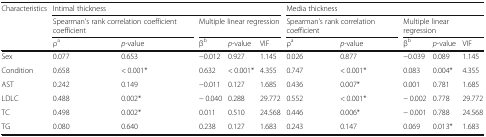
<table><thead><tr><td rowspan="3"><b>Characteristics</b></td><td colspan="5"><b>Intimal thickness</b></td><td colspan="5"><b>Media thickness</b></td></tr><tr><td colspan="2"><b>Spearman’s rank correlation coefficient coefficient</b></td><td colspan="3"><b>Multiple linear regression</b></td><td colspan="2"><b>Spearman’s rank correlation coefficient</b></td><td colspan="3"><b>Multiple linear regression</b></td></tr><tr><td><b>ρ<sup>a</sup></b></td><td><b><i>p</i>-value</b></td><td><b>β<sup>b</sup></b></td><td><b><i>p</i>-value</b></td><td><b>VIF</b></td><td><b>ρ<sup>a</sup></b></td><td><b><i>p</i>-value</b></td><td><b>β<sup>b</sup></b></td><td><b><i>p</i>-value</b></td><td><b>VIF</b></td></tr></thead><tbody><tr><td>Sex</td><td>0.077</td><td>0.653</td><td>−0.012</td><td>0.927</td><td>1.145</td><td>0.026</td><td>0.877</td><td>−0.039</td><td>0.089</td><td>1.145</td></tr><tr><td>Condition</td><td>0.658</td><td>&lt; 0.001*</td><td>0.632</td><td>&lt; 0.001*</td><td>4.355</td><td>0.747</td><td>&lt; 0.001*</td><td>0.083</td><td>0.004*</td><td>4.355</td></tr><tr><td>AST</td><td>0.242</td><td>0.149</td><td>−0.011</td><td>0.127</td><td>1.685</td><td>0.436</td><td>0.007*</td><td>0.001</td><td>0.781</td><td>1.685</td></tr><tr><td>LDLC</td><td>0.488</td><td>0.002*</td><td>− 0.040</td><td>0.288</td><td>29.772</td><td>0.552</td><td>&lt; 0.001*</td><td>− 0.002</td><td>0.778</td><td>29.772</td></tr><tr><td>TC</td><td>0.498</td><td>0.002*</td><td>0.011</td><td>0.510</td><td>24.568</td><td>0.446</td><td>0.006*</td><td>− 0.001</td><td>0.788</td><td>24.568</td></tr><tr><td>TG</td><td>0.080</td><td>0.640</td><td>0.238</td><td>0.127</td><td>1.683</td><td>0.243</td><td>0.147</td><td>0.069</td><td>0.013*</td><td>1.683</td></tr></tbody></table>